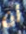
أن